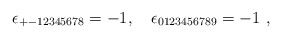
\begin{align*}\qquad \epsilon_{+-12345678}=-1 , ~~~ \epsilon_{0123456789}= - 1 ~ ,\end{align*}